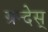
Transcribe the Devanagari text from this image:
ग्रन्देस्